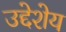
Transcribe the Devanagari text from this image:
उद्देशेय